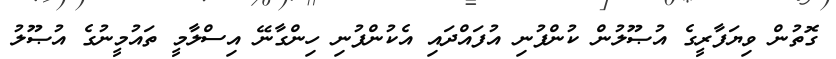
ގޮތުން ވިޔަފާރީގެ އުޞޫލުން ކުންފުނި އުފައްދައި އެކުންފުނި ހިންގާނޭ އިސްލާމީ ތައުމީނުގެ އުޞޫލު